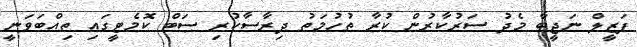
ފަޒީލް ނަޖީބާ މެދު ސަރުކާރުން ކުރާ ތުހުމަތު ދިރާސާކުރި ސަބް ކޮމެޓީގައި ތިއްބަވަނީ